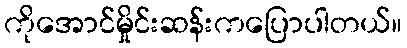
ကိုအောင်မှိုင်းဆန်းကပြောပါတယ်။